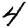
Digit: 4